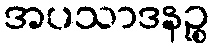
အပသာဒနဉ္စ